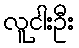
လူငါးဦး